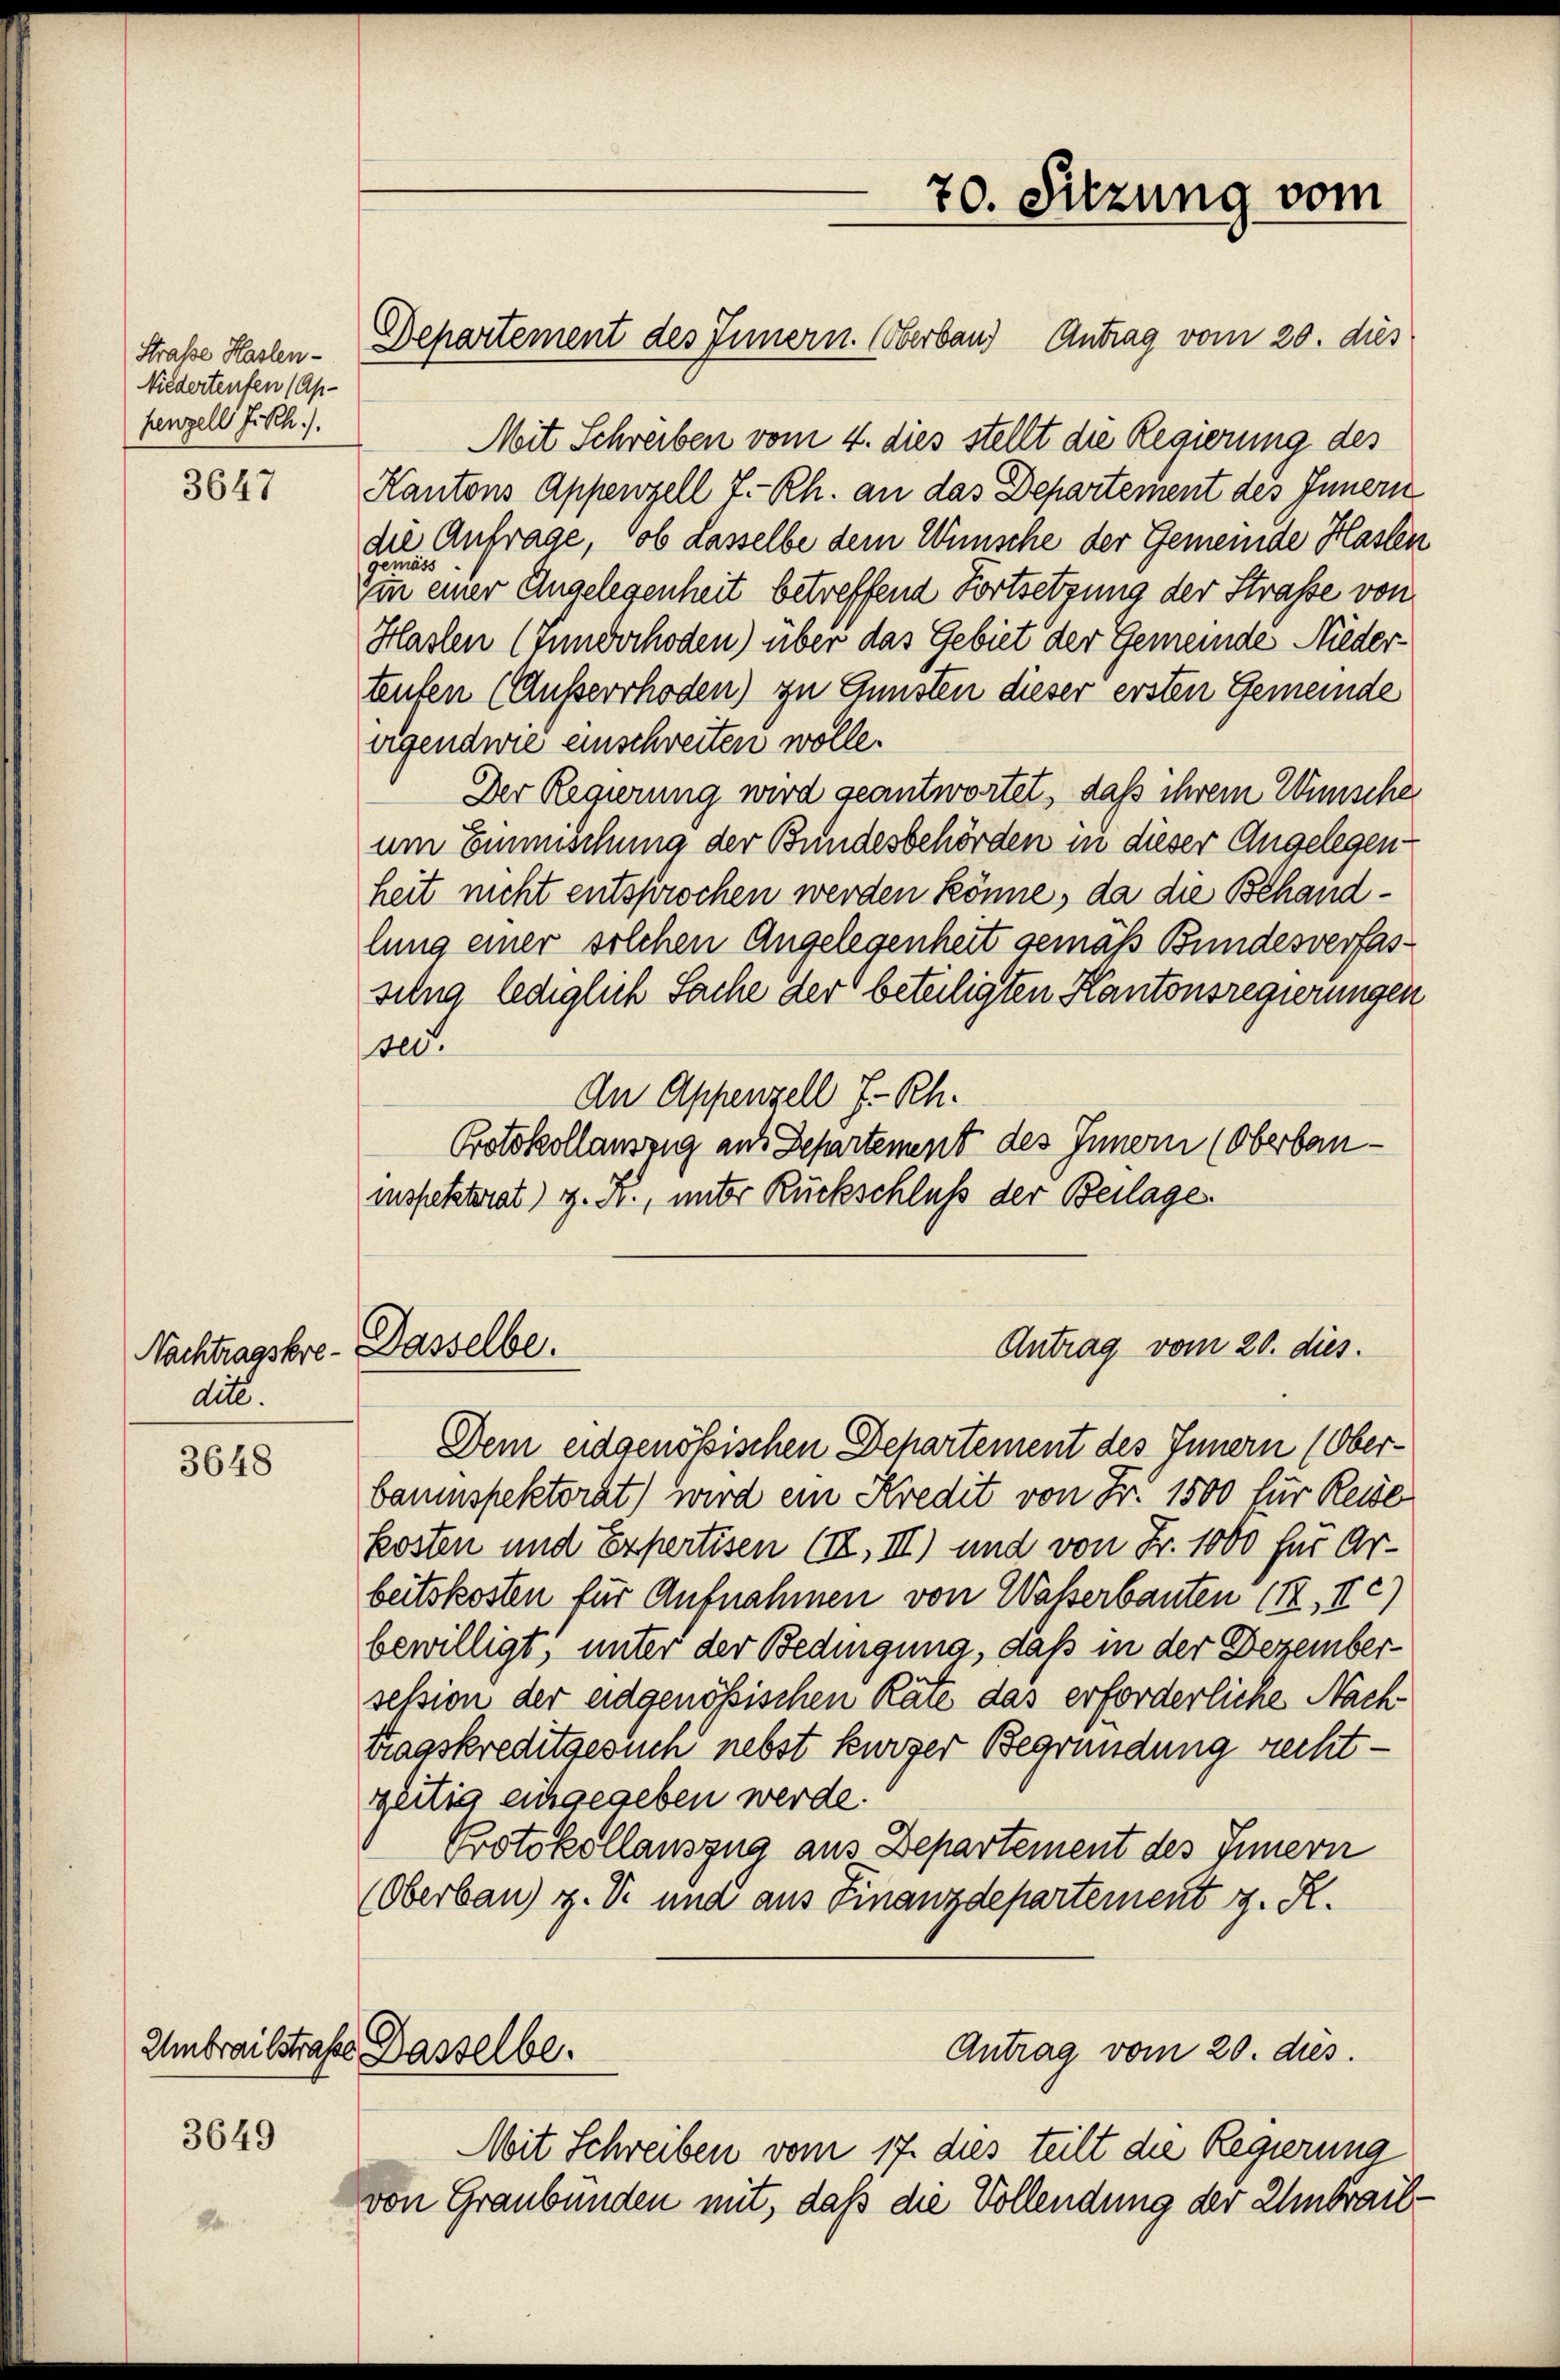
Strasse Haslen-
Niedertenfen (Ap-
henzell I.Rh.).

3647

dit.

3648

3649

Departement des Innern. (Oberbaus Antrag vom 20. dies
Mit Schreiben vom 4. dies stellt die Regierung des
Kantons Appenzell I.-Rh. an das Departement des Innern
die Anfrage, ob dasselbe dem Wünsche der Gemeinde Haslen
gemäss
ein einer Angelegenheit betreffend Fortsetzung der Straße von
Haslen (Tunderhoden) über das Gebiet der Gemeinde Niederteufen (Ausserrhoden) zu Gunsten dieser ersten Gemeinde
ergendwie einschreiten wolle.
Der Regierung wird geantwortet, daß ihrem Wünsche
um Einmischung der Bundesbehörden in dieser Angelegenheit nicht entsprochen werden könne, da die Behandlung einer solchen Angelegenheit gemäß Bundesverfassilng lediglich Sache der beteiligten Kantonsregierungen
ser.
An Appenzell I.-Rh.
Protokollauszug aus Departement des Innern (Oberbauinspektorat) z. Kr., unter Rückschluß der Beilage.
Antrag vom 20. dies
Nachtragskre- Dasselbe.
Dem eidgenössischen Departement des Innern (Oberbaumspektorat) wird ein Kredit von Fr. 1500 für Reise
kosten und Expertisen (III, III) und von Fr. 1000 für Arbeitskosten für Aufnahmen von Waßerbauten (II, II c)
bewilligt, unter der Bedingung, daß in der Dezembersession der eidgenößischen Räte das erforderliche Nachtragskreditgesuch nebst kurzer Begründung rechtgeitig eingegeben werde.
Protokollauszug aus Departement des Innern
(Oberbau) z. S. und aus Finanzdepartement z. R.
Umbrailstrafe Dasselbe.
Antrag vom 20. dies.
Mit Schreiben vom 17. dies teilt die Regierung
von Graubünden mit, daß die Vollendung der Unbrail¬

70. Sitzung vom